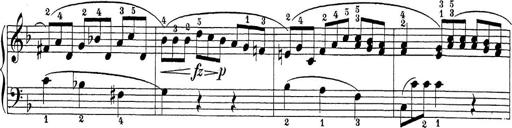
Title: Sonatina Album
Composer: Louis KÃ¶hler